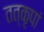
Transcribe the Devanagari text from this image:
तत्कृपां